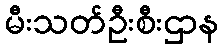
မီးသတ်ဦးစီးဌာန